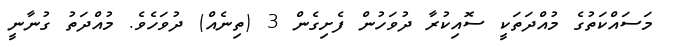
މަސައްކަތުގެ މުއްދަތަކީ ސޮއިކުރާ ދުވަހުން ފެށިގެން 3 (ތިނެއް) ދުވަހެވެ. މުއްދަތު ގުނާނީ